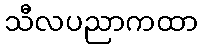
သီလပညာကထာ